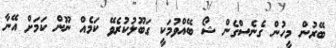
ބޭރުން މީހުން ގެނެސްގެން ޝޯ ބޭއްވުމަކީ ގަބޫލުކުރެވޭ ކަމެއް ނޫން ކަމަށް އޭނާ